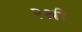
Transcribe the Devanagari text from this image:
२श्री